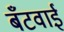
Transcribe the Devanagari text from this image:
बँटवाईं